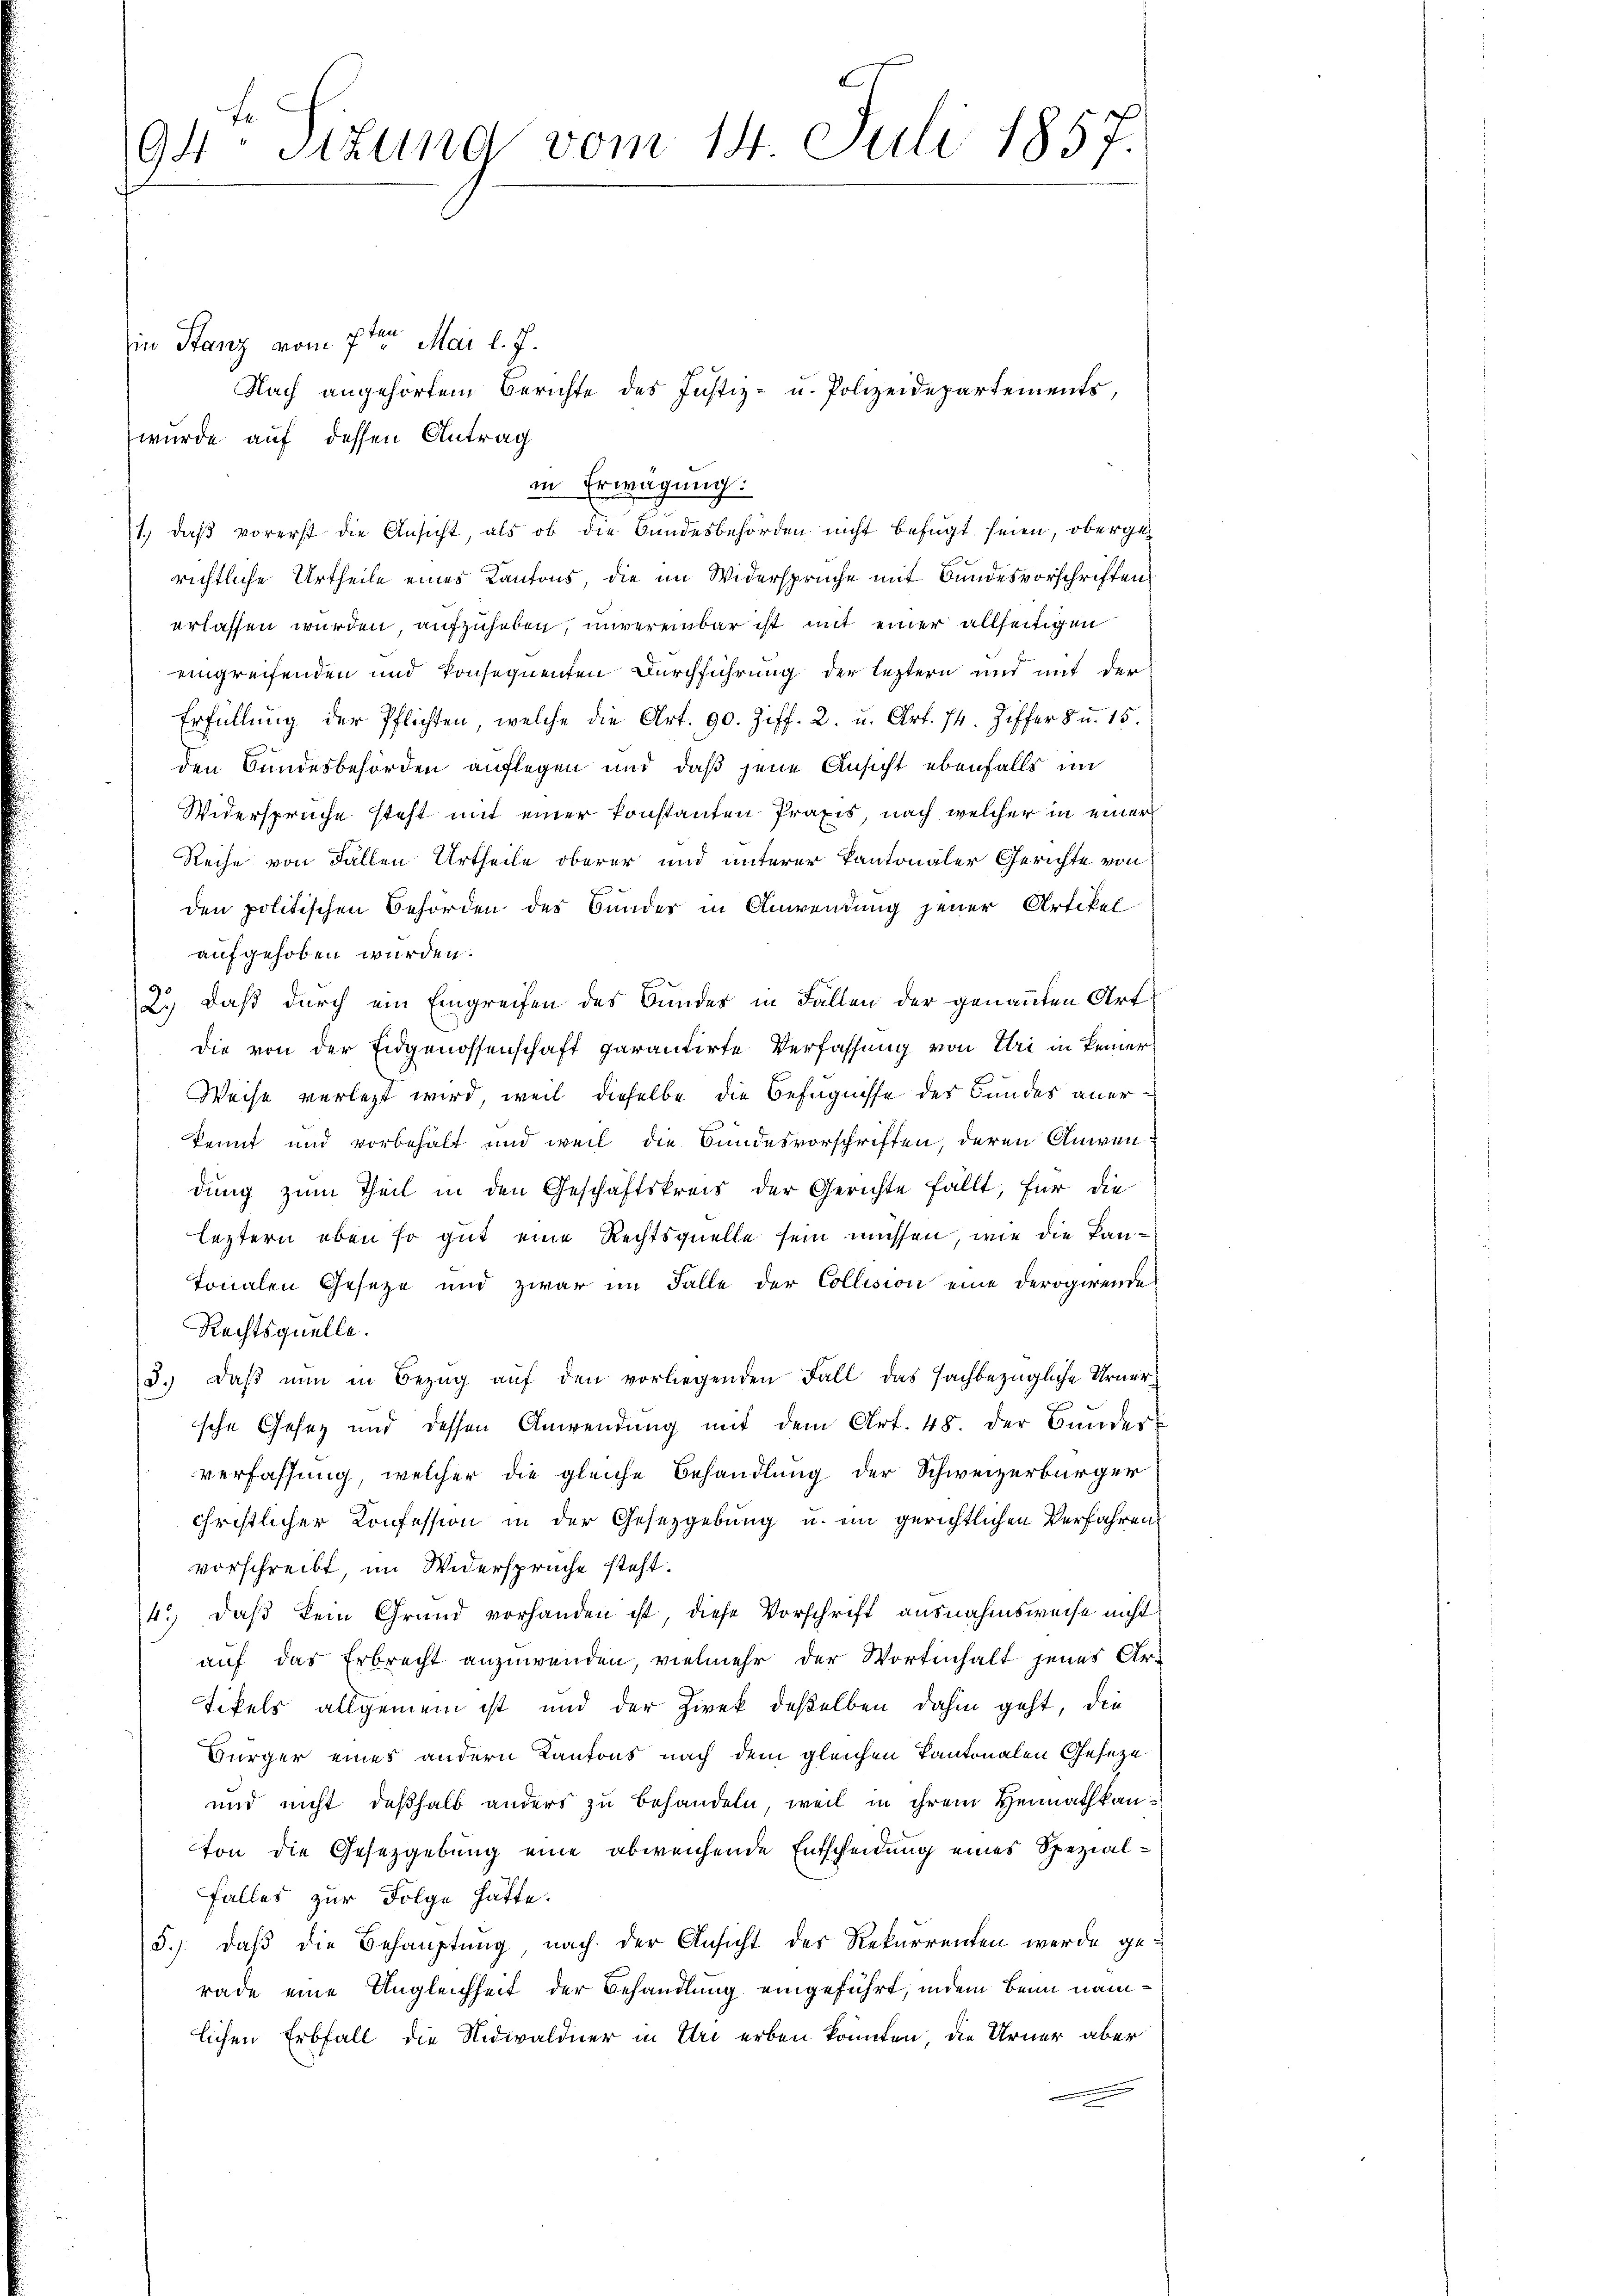
94 stzung vom 14. Juli 1857.

in Stanz vom 7ten Mai l. J.
Nach angehörtem Berichte des Justiz- u. Polizeidepartements,
wurde auf dessen Antrag
in Erwägung:
1., daß vorerst die Ansicht, als ob die Bundesbehörden nicht befugt seien, oberge
richtliche Urtheile eines Kantons die im Widersprüche mit Bundesvorschriften
erlassen wurden, aufzuheben, unvereinbar ist mit einer allseitigen
eingreifenden und konsequenten Durchführung der leztern und mit der
Erfüllung der Pflichten, welche die Art. 90. Ziff. 2. u. Art. 74. Ziffer 8 u. 15.
den Bundesbehörden auflegen und daß jene Ansicht ebenfalls im
Widersprüche steht mit einer konstanten Praxis, nach welcher in einer
Reihe von Fallen Urtheile oberer und unterer Kantonaler Gerichte von
den politischen Behörden des Bunder in Anwendung jener Artikel
aufgehoben wurden.
2.) Daß durch ein Eingreifen des Bundes in Fällen der genannten Art
die von der Eidgenossenschaft garantirte Verfassung von Uri in keiner
Weise verletzt wird, weil dieselbe die Befugnisse des Landes anerkennt und vorbehalt und weil die Bundesvorschriften, deren Anwendung zum Theil in den Geschäftskreis der Gerichte fällt, für die
leztern eben so gut eine Rechtsquelle sein müssen, wie die Lantonalen Geseze und zwar im Falle der Collision eine derogirende
Rechtsquelle.
d.) Daß nun in Bezug auf den vorliegenden Fall das sachbezügliche Urnersche Gesez und dessen Anwendung mit dem Art. 48. der Bunder-
verfassung, welcher die gleiche Behandlung der Schweizerbürger
chriftlicher Konfession in der Gesetzgebung u. ein gerichtlichen Verfahren
vorschreibt, im Widerspruche steht.
4.) daß kein Grund vorhanden ist, diese Vorschrift ausnahmsweise nicht
auf das Erbrecht anzuwenden, vielmehr der Wortenhalt jenes Ar-
tikels allgemein ist und der Zwek deßelben dahin geht, die
Bürger eines andern Kantons nach dem gleichen Kantonalen Geseze
und nicht deßhalb anders zu behandeln, weil in ihrem Heimathkanton die Gesetzgebung eine abweichende Entscheidung eines Spezial¬
Falles zur Folge hätte.
5.) daß die Behauptung nach der Ansicht des Rekurrenten werde ge-
rade eine Ungleichheit der Behandlung eingeführt, indem Beim nämlichen Erbfall die Nidwaldner in Uri erben könnten, die Urner aber